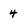
Character: 4